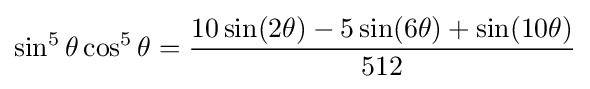
\sin ^{5}\theta \cos ^{5}\theta ={\frac {10\sin(2\theta )-5\sin(6\theta )+\sin(10\theta )}{512}}